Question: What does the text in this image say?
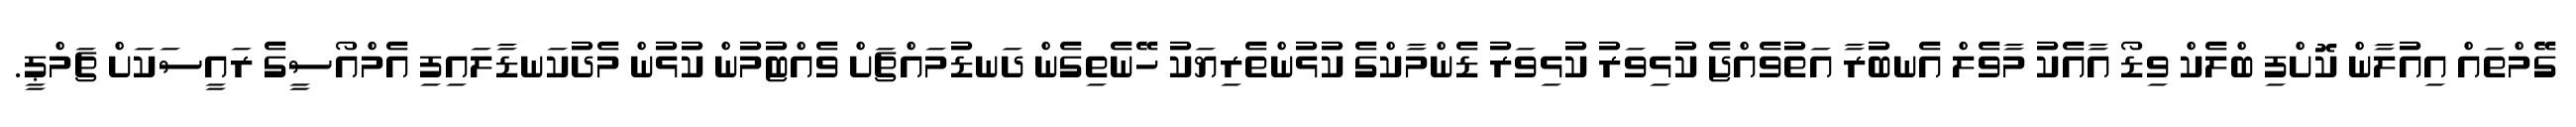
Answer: ގޭމްތައް އިއުލާން ކޮށްފި ބްލެކް ވިޑޯ އާއެކު މާވެލް އެނބުރާ އަތުވެއްޖެ ކުޅިވަރު ކުޅިވަރު ޑެންމާކްގެ ކުޅުންތެރިޔަކު ހޭނެތިގެން ދަނޑުމައްޗަށް ވެއްޓުމުން ކުޅުން މެދުކަނޑާލައިފި އެމްއޯސީގެ ރައީސަކަށް ޗަމްޕީ.